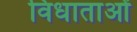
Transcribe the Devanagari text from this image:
विधाताओं